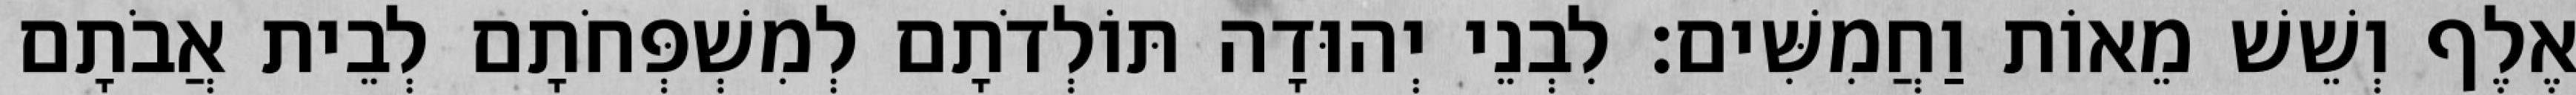
אֶלֶף וְשֵׁשׁ מֵאוֹת וַחֲמִשִּׁים׃ לִבְנֵי יְהוּדָה תּוֹלְדֹתָם לְמִשְׁפְּחֹתָם לְבֵית אֲבֹתָם